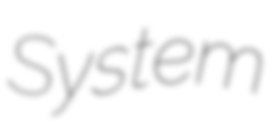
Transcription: System